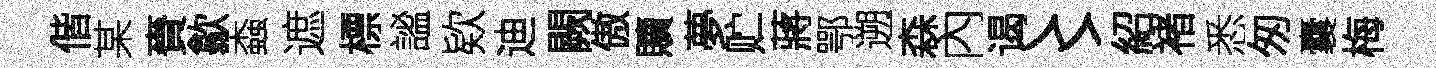
偕某賚歙螙遮標謐欵迪闕傲贖夢贮蔣鄂遡森內谒〻紹褚悉匆囊梅